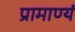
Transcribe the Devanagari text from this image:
प्रामाण्यं